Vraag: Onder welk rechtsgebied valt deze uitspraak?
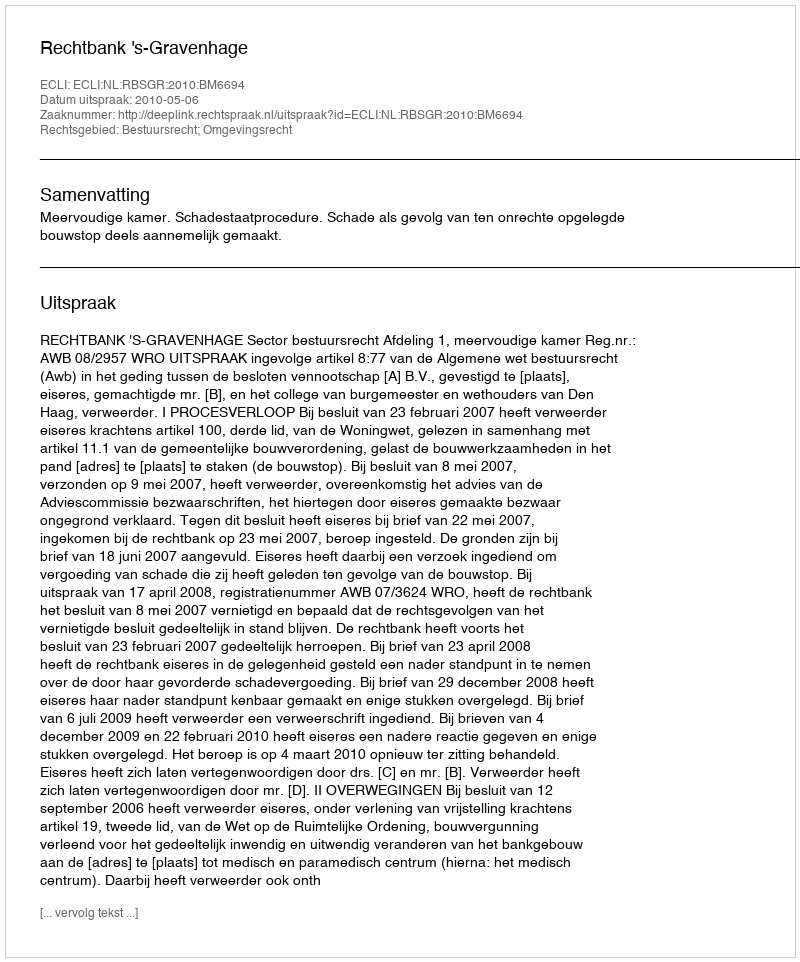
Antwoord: Bestuursrecht; Omgevingsrecht